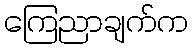
ကြေညာချက်က